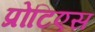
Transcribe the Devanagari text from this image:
प्रोटिएस